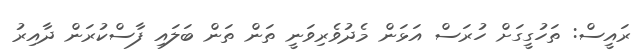
ރައީސް: ތަހުގީގަށް ހުރަސް އަޅަން މެދުވެރިވަނީ ތަން ތަން ބަލައި ފާސްކުރަން ދާއިރު